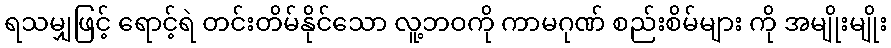
ရသမျှဖြင့် ရောင့်ရဲ တင်းတိမ်နိုင်သော လူ့ဘဝကို ကာမဂုဏ် စည်းစိမ်များ ကို အမျိုးမျိုး